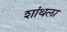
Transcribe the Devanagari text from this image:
शांथला